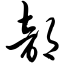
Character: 部